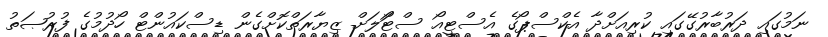
ނަމުގައި ދަރުބާރުގޭގައި ކުރިއަށްދާ އެކްސްޕޯގެ އެސްޓީއޯ ސްޓޯަލަށް ޒިޔާރަތްކޮށްގެން ޑިސްކައުންޓް ހޯދުމުގެ ފުރުޞަތު